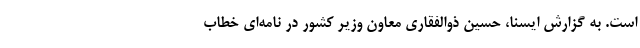
است. به گزارش ایسنا، حسین ذوالفقاری معاون وزیر کشور در نامه‌ای خطاب